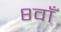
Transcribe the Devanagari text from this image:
८वाँ